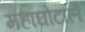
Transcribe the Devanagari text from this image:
महाघोटाले